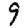
Digit: 9